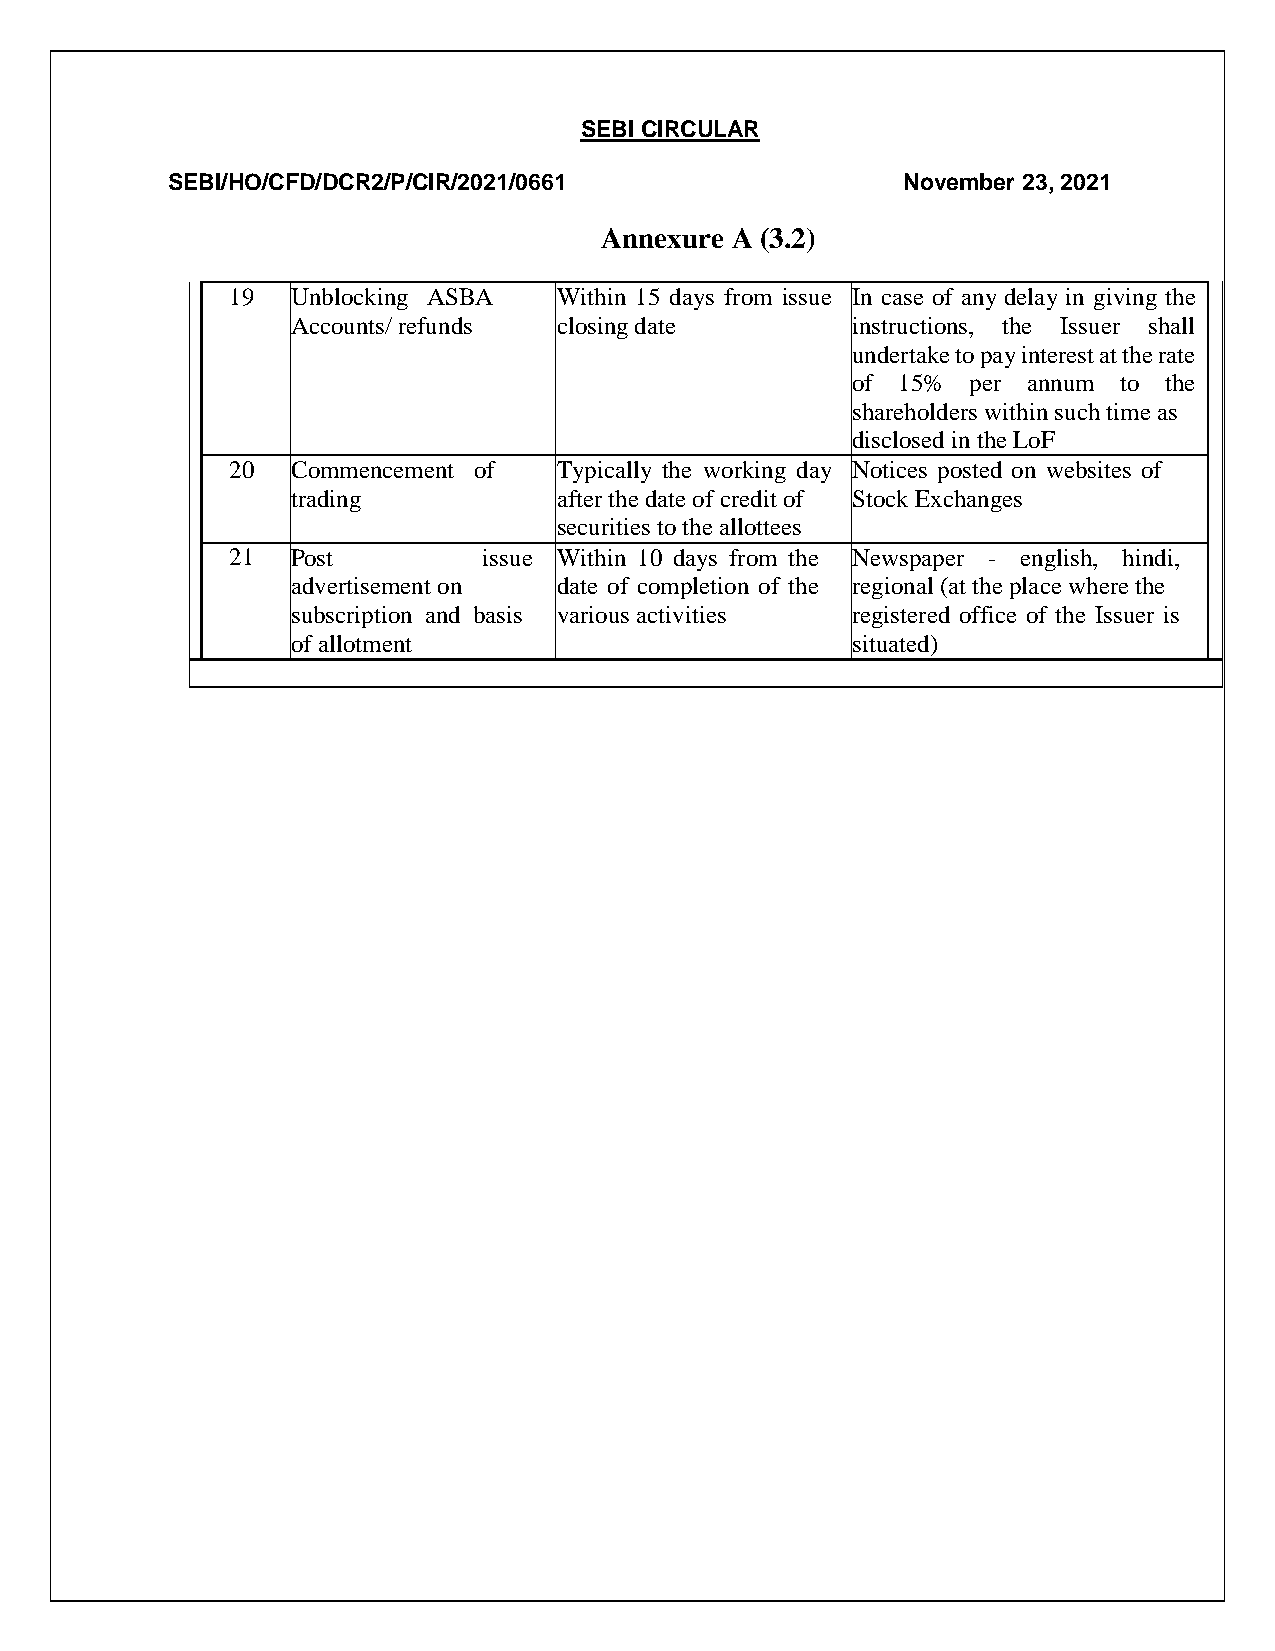
SEBI CIRCULAR
 SEBI/HO/CFD/DCR2/P/CIR/2021/0661                 November 23, 2021
 Annexure A (3.2)
 19  Unblocking ASBA   Within 15 days from issue In case of any delay in giving the
 Accounts/ refunds closing date       instructions, the Issuer shall
 undertake to pay interest at the rate
 of 15%  per annum to the
 shareholders within such time as
 disclosed in the LoF
 20  Commencement of   Typically the working day Notices posted on websites of
 trading           after the date of credit of Stock Exchanges
 securities to the allottees
 21  Post         issue Within 10 days from the Newspaper - english, hindi,
 advertisement on  date of completion of the regional (at the place where the
 subscription and basis various activities registered office of the Issuer is
 of allotment                         situated)